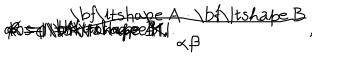
LaTeX: \alpha = | \mathrm { \bf \ i t s h a p e ~ A } | , \hspace { 3 m m } \beta = | \mathrm { \bf \ i t s h a p e ~ B } | , \hspace { 3 m m } \cos \varphi = \frac { \mathrm { \bf \ i t s h a p e ~ A } \cdot \mathrm { \bf \ i t s h a p e ~ B } } { \alpha \beta } , \hspace { 3 m m } K = | \mathrm { \bf \ i t s h a p e ~ K } | .